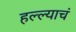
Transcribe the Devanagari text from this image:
हल्ल्याचं